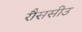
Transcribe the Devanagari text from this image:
रौससीउ